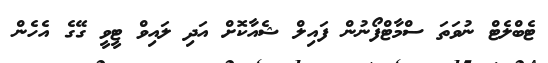
ޓެބްލެޓް ނުވަތަ ސްމާޓްފޯނުން ފައިލް ޝެއާކޮށް އަދި ލައިވް ޓީވީ ގޭގެ އެހެން